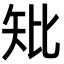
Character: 𥎬